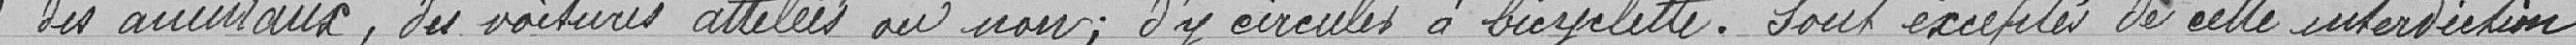
"des animaux, des voitures attelées ou non; d'y circuler à bicyclette. Sont exceptés de cette interdiction